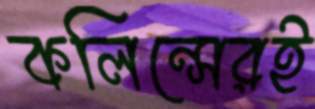
কলিন্সেরই